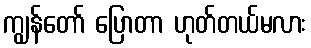
ကျွန်တော် ပြောတာ ဟုတ်တယ်မလား